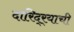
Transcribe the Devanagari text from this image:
दारिद्‌र्‍याची